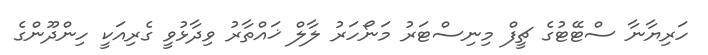
ހަރިޔާނާ ސްޓޭޓުގެ ޗީފް މިނިސްޓަރު މަނޯހަރު ލާލް ޚައްތާރު ވިދާޅުވީ ގެރިއަކީ ހިންދޫންގެ